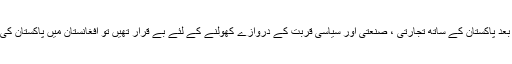
نتیجہ یہ کہ اس زمانہ میں جب وسط ایشیاء کی جمہوریائیں آزادی کے بعد پاکستان کے ساتھ تجارتی ، صنعتی اور سیاسی قربت کے دروازے کھولنے کے لئے بے قرار تھیں تو افغانستان میں پاکستان کی مداخلت کی وجہ سے یہ راستے مسدود ہوگئے جو اب بھی مسدود ہیں۔